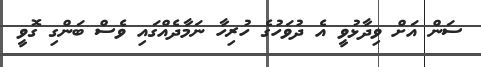
ސަން އަށް ވިދާޅުވީ އެ ދުވަހުގެ ހުރިހާ ނަމާދެއްގައި ވެސް ބަންގި ގޮވީ